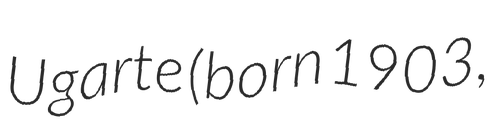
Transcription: Ugarte (born 1903,